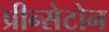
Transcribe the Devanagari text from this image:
प्रीन्सेटोन